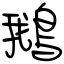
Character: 鵝